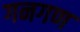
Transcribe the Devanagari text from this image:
गनगण